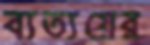
ব্যত্যয়ের